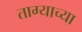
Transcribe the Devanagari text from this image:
ताग्याच्या